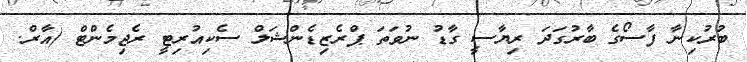
ބުރުކިނާ ފާސޯގެ ބާރުގަދަ ރިޔާސީ ގާޑު ނުވަތަ ޕްރެޒިޑެންޝަލް ސެކިއުރިޓީ ރެޖިމެންޓް (އާރް.